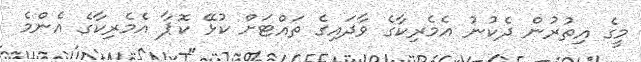
މީގެ އިތުރުން ދެކުނު އެމެރިކާގެ ވާދައިގެ ތައްޓަށް ކުޅޭ ކޮޕާ އެމެރިކާގެ އެންމެ